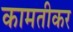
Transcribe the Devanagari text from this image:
कामतीकर